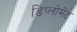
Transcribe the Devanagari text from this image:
डिप्लोमेंट